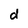
Character: d